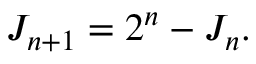
J _ { n + 1 } = 2 ^ { n } - J _ { n } .